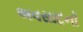
અવસાદનો